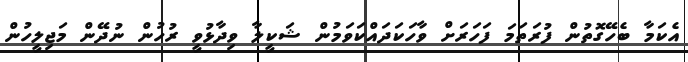
އެކަމާ ބެހޭގޮތުން ފުރަތަމަ ފަހަރަށް ވާހަކަދައްކަވަމުން ޝަކީލާ ވިދާޅުވީ ރުހުން ނުދޭން މަޖިލީހުން